NASA-UAP-D4, Apollo 11 Technical Crew Debriefing, 1969
Page 8
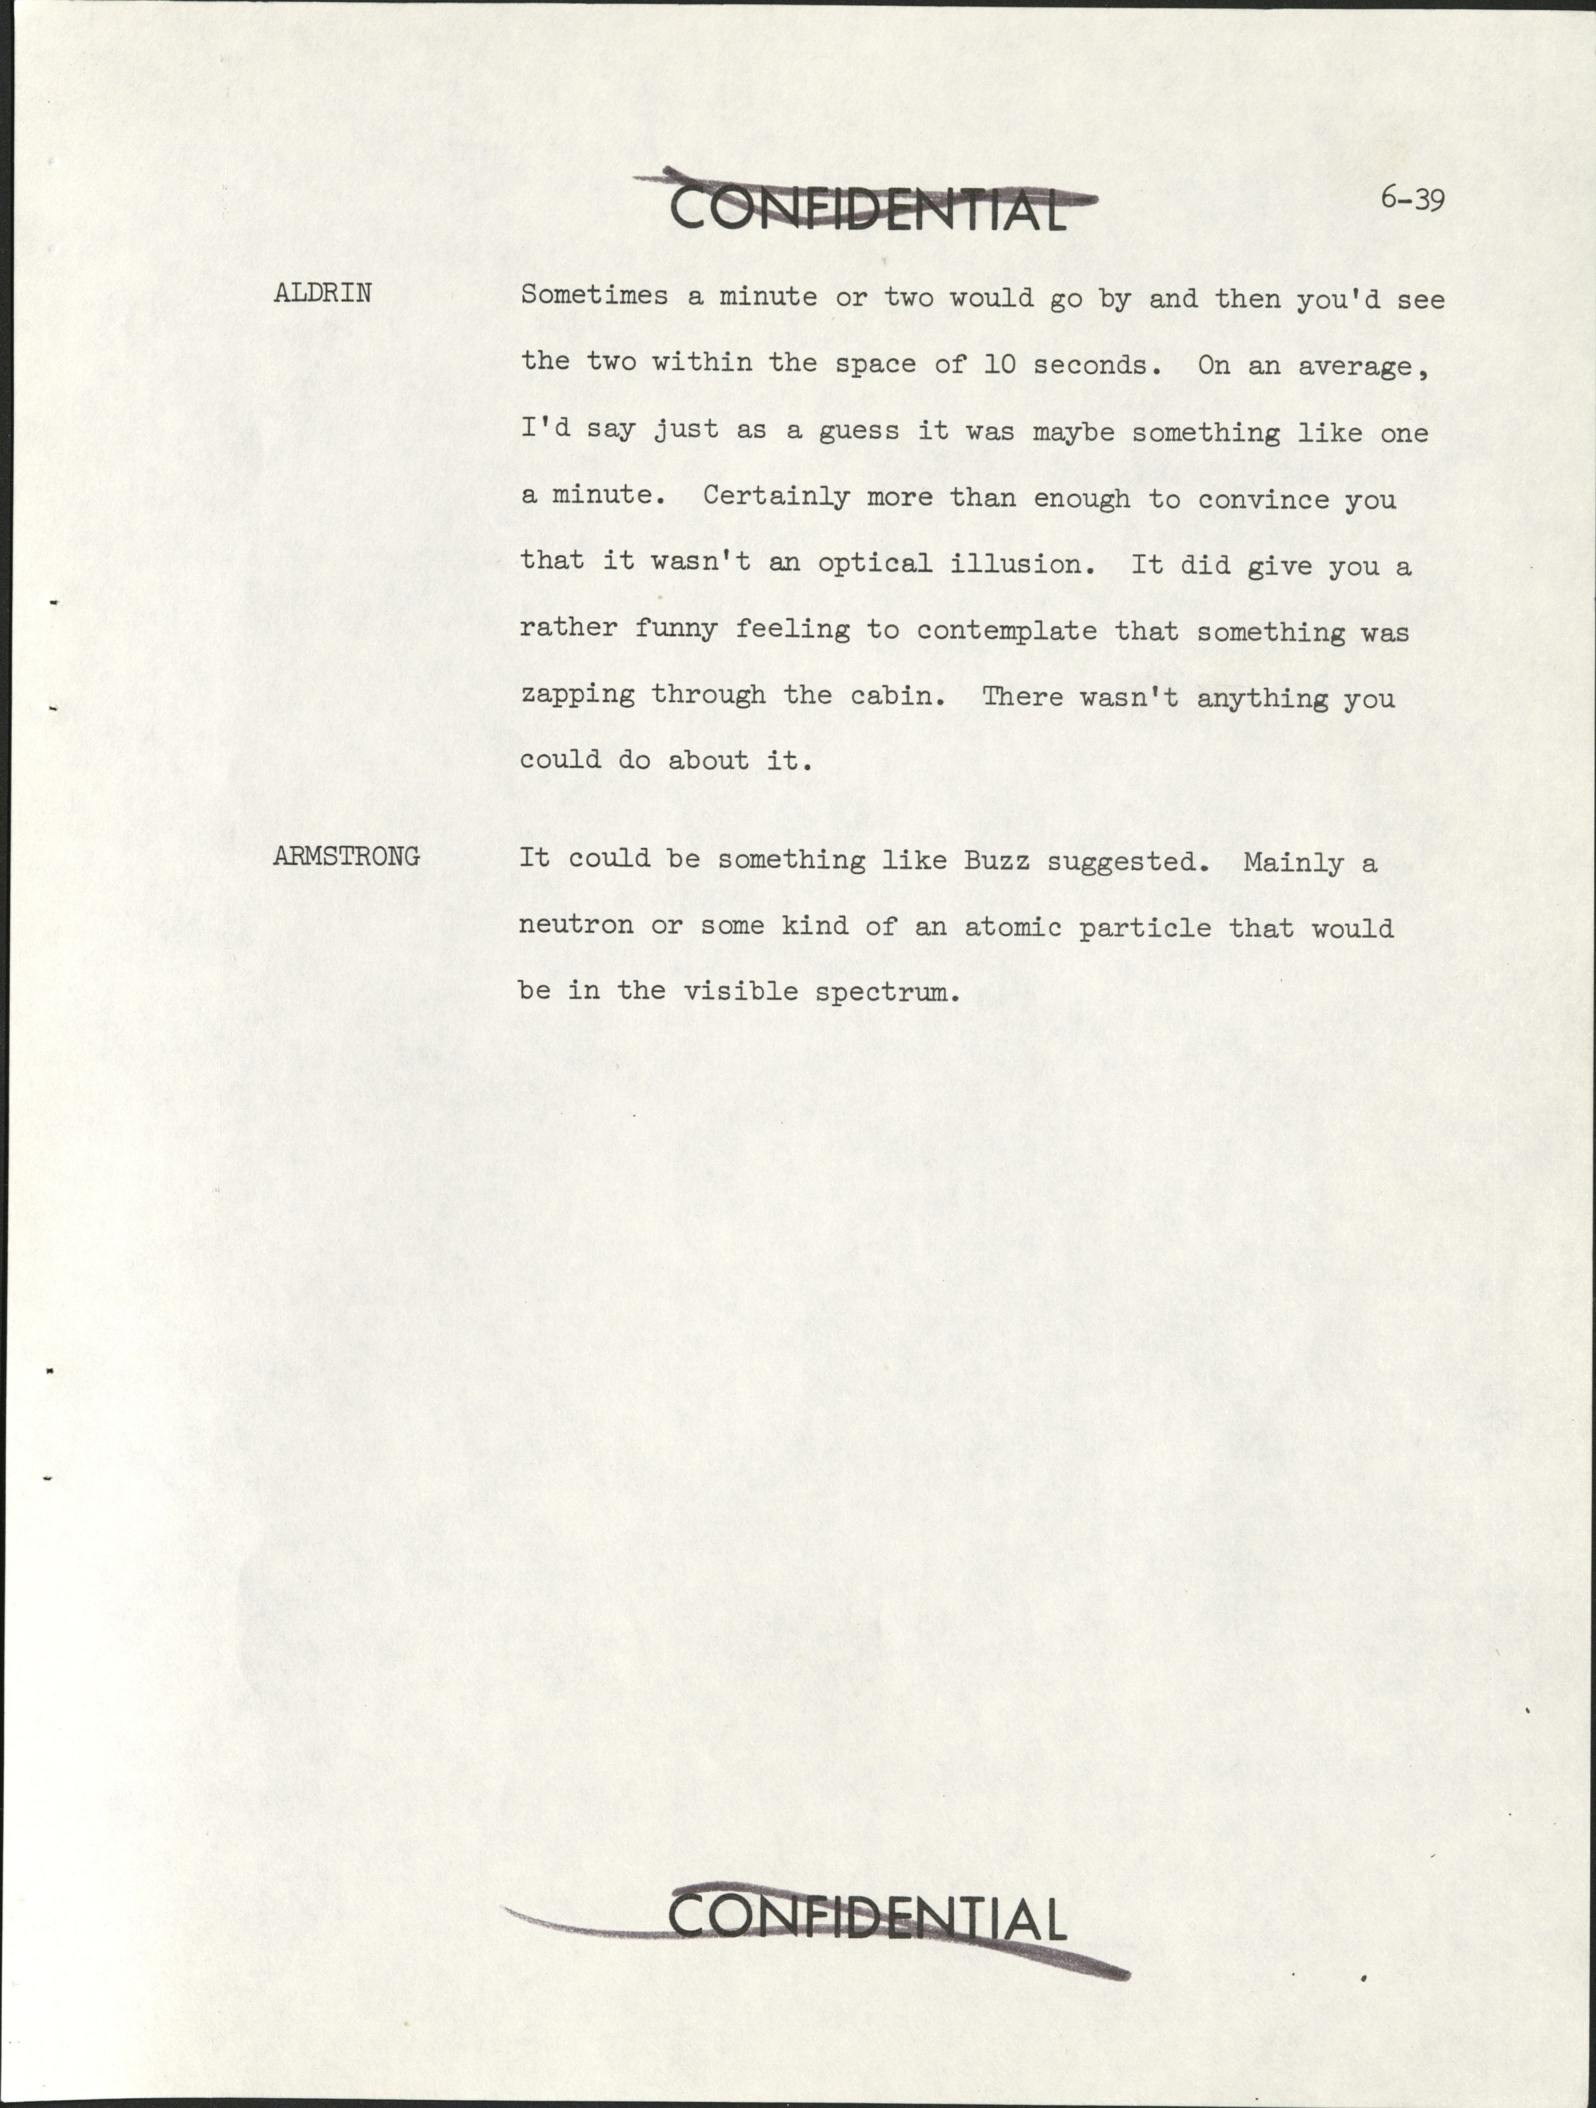